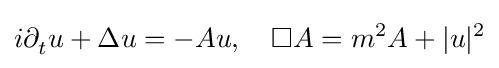
\displaystyle i\partial _{t}^{}u+\Delta u=-Au,\quad \displaystyle \Box A=m_{}^{2}A+|u|^{2}